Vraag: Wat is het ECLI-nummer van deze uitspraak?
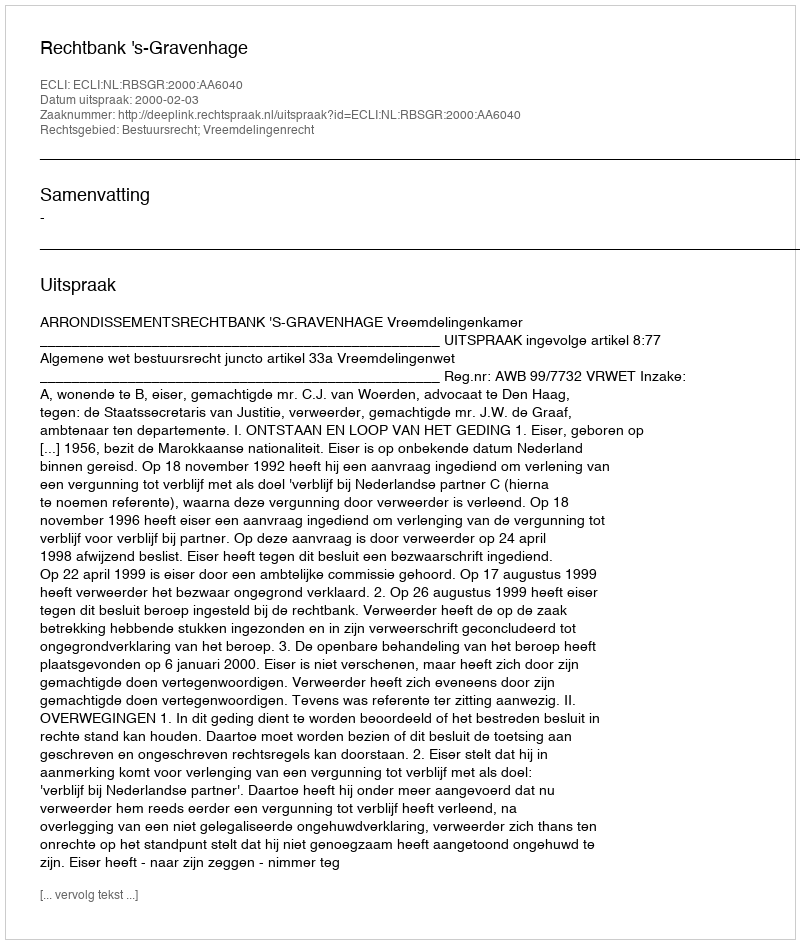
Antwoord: ECLI:NL:RBSGR:2000:AA6040